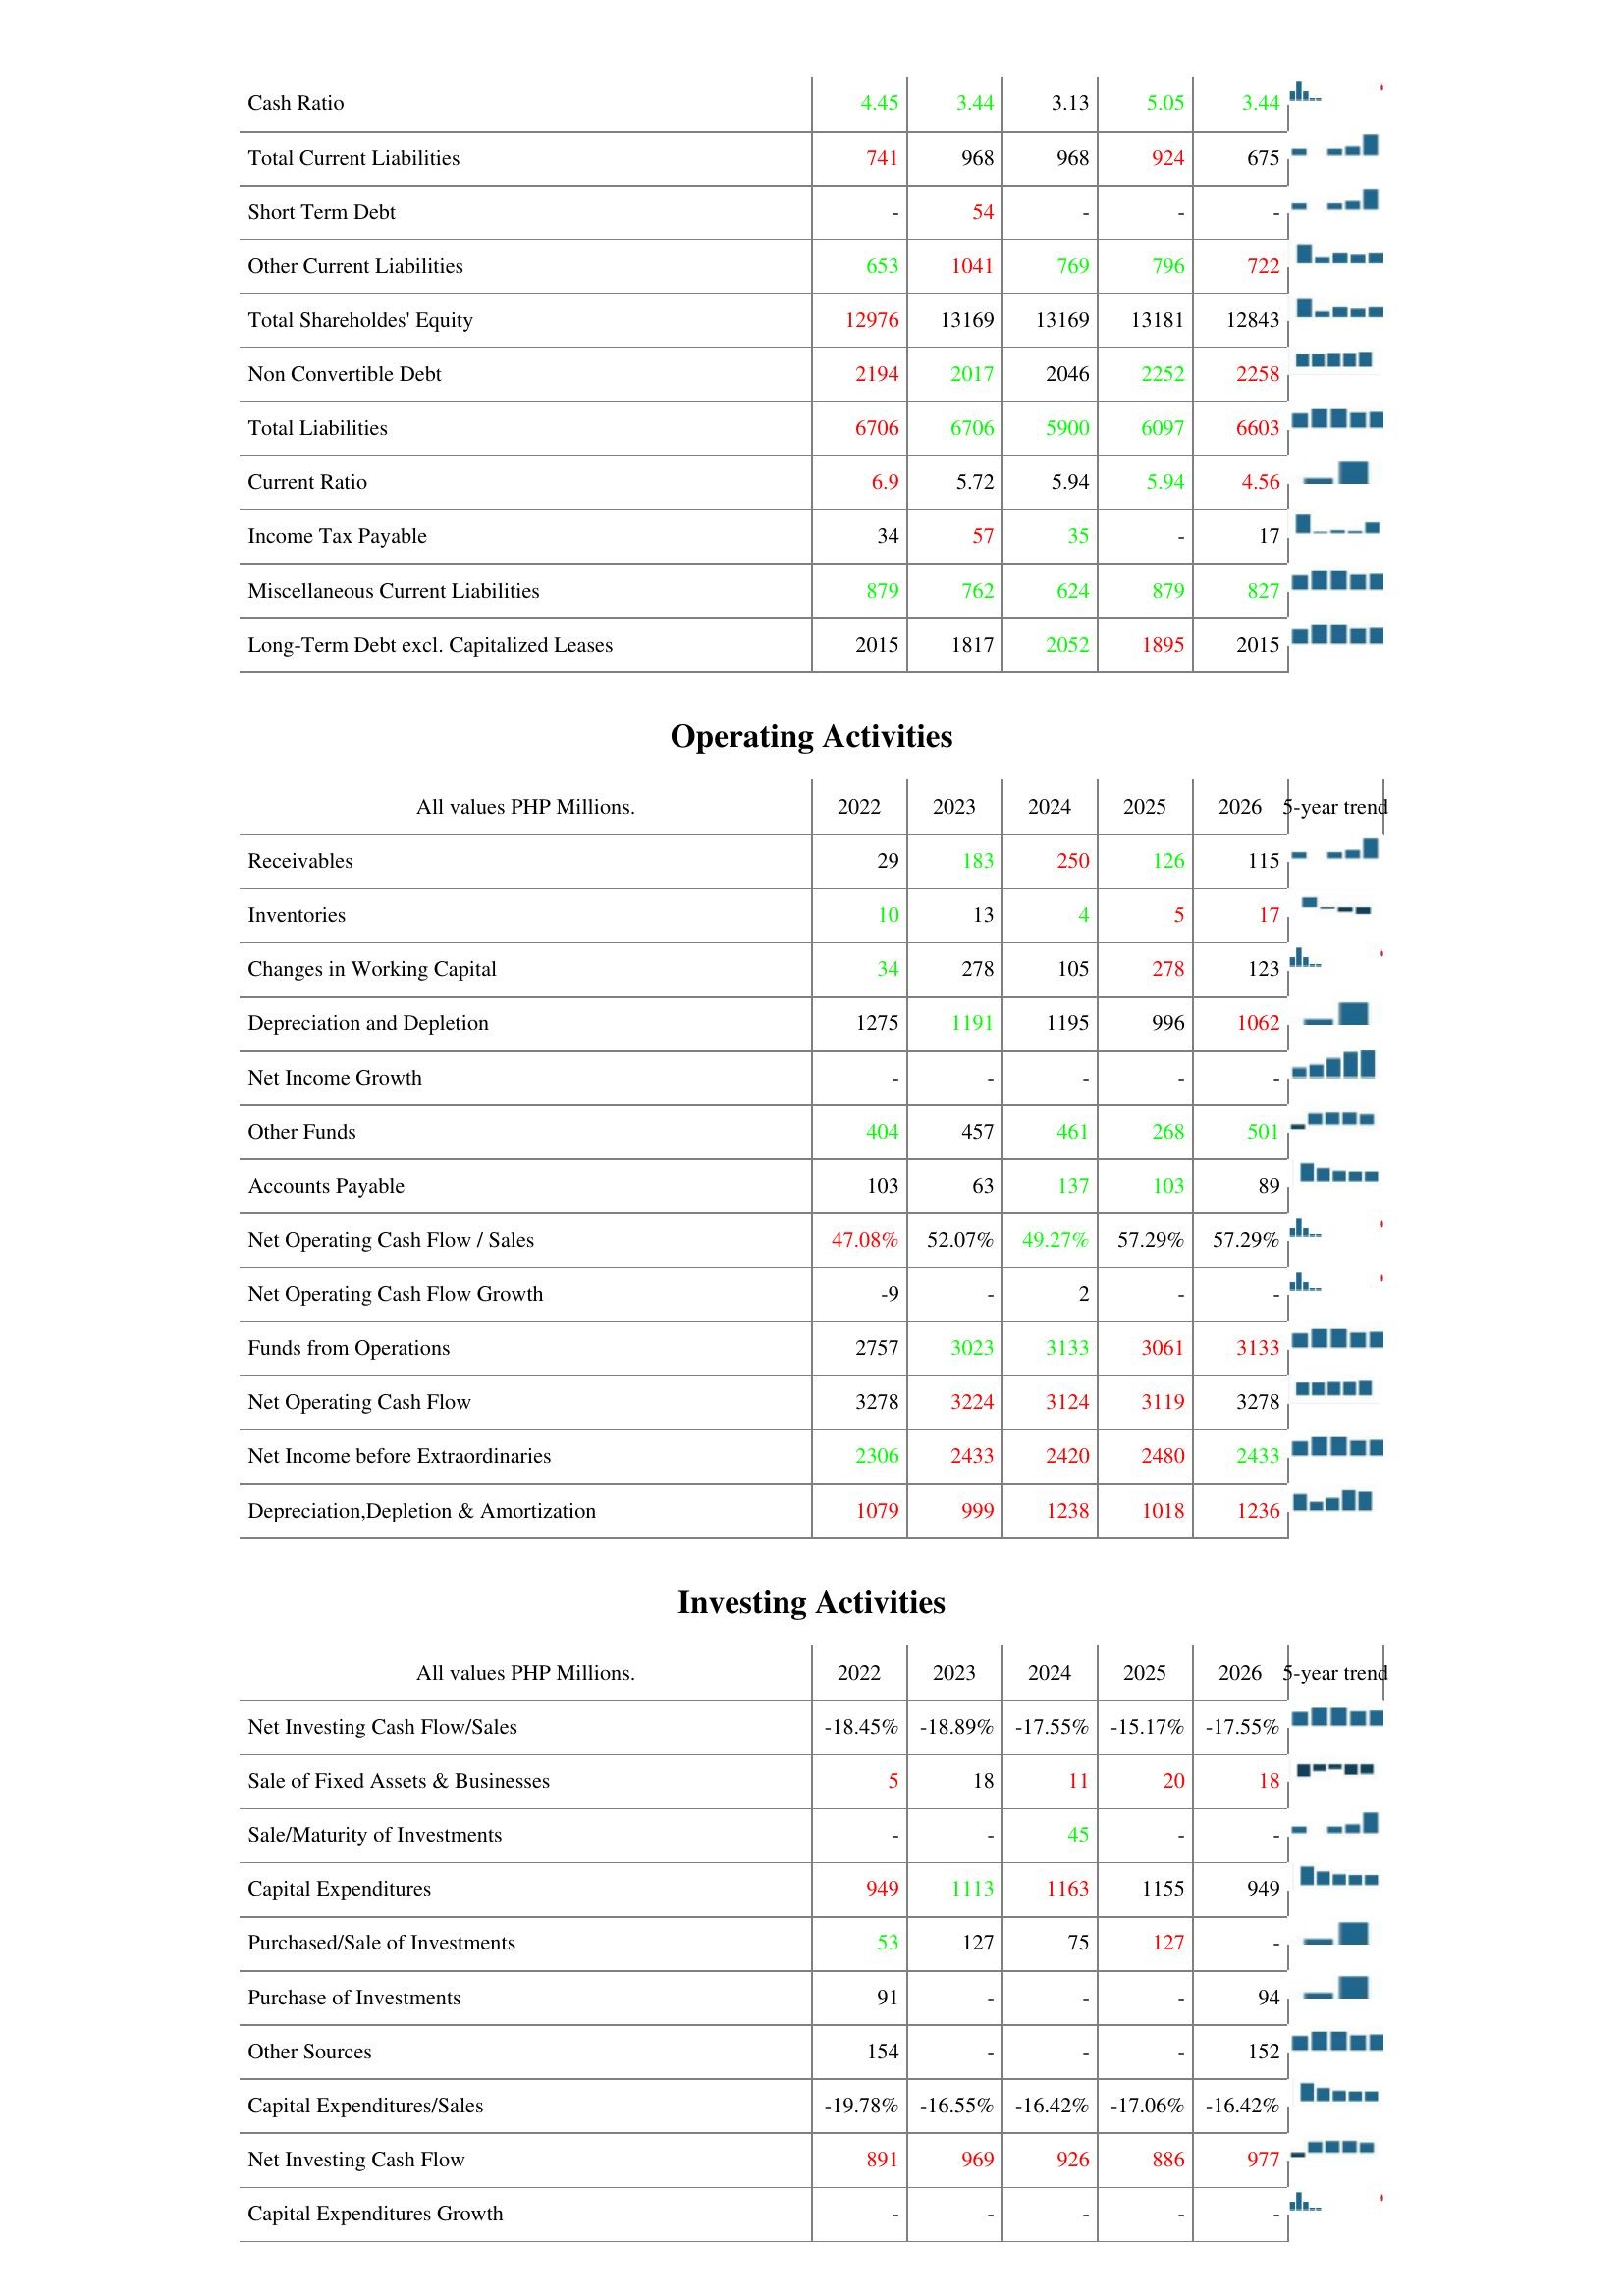
2022: Liabilities & Shareholder's Equity: Cash Ratio: 4.45
Total Current Liabilities: 741
Short Term Debt: -
Other Current Liabilities: 653
Total Shareholdes' Equity: 12976
Non Convertible Debt: 2194
Total Liabilities: 6706
Current Ratio: 6.9
Income Tax Payable: 34
Miscellaneous Current Liabilities: 879
Long-Term Debt excl. Capitalized Leases: 2015
Operating Activities: Receivables: 29
Inventories: 10
Changes in Working Capital: 34
Depreciation and Depletion: 1275
Net Income Growth: -
Other Funds: 404
Accounts Payable: 103
Net Operating Cash Flow / Sales: 47.08%
Net Operating Cash Flow Growth: -9
Funds from Operations: 2757
Net Operating Cash Flow: 3278
Net Income before Extraordinaries: 2306
Depreciation,Depletion & Amortization: 1079
Investing Activities: Net Investing Cash Flow/Sales: -18.45%
Sale of Fixed Assets & Businesses: 5
Sale/Maturity of Investments: -
Capital Expenditures: 949
Purchased/Sale of Investments: 53
Purchase of Investments: 91
Other Sources: 154
Capital Expenditures/Sales: -19.78%
Net Investing Cash Flow: 891
Capital Expenditures Growth: -
2023: Liabilities & Shareholder's Equity: Cash Ratio: 3.44
Total Current Liabilities: 968
Short Term Debt: 54
Other Current Liabilities: 1041
Total Shareholdes' Equity: 13169
Non Convertible Debt: 2017
Total Liabilities: 6706
Current Ratio: 5.72
Income Tax Payable: 57
Miscellaneous Current Liabilities: 762
Long-Term Debt excl. Capitalized Leases: 1817
Operating Activities: Receivables: 183
Inventories: 13
Changes in Working Capital: 278
Depreciation and Depletion: 1191
Net Income Growth: -
Other Funds: 457
Accounts Payable: 63
Net Operating Cash Flow / Sales: 52.07%
Net Operating Cash Flow Growth: -
Funds from Operations: 3023
Net Operating Cash Flow: 3224
Net Income before Extraordinaries: 2433
Depreciation,Depletion & Amortization: 999
Investing Activities: Net Investing Cash Flow/Sales: -18.89%
Sale of Fixed Assets & Businesses: 18
Sale/Maturity of Investments: -
Capital Expenditures: 1113
Purchased/Sale of Investments: 127
Purchase of Investments: -
Other Sources: -
Capital Expenditures/Sales: -16.55%
Net Investing Cash Flow: 969
Capital Expenditures Growth: -
2024: Liabilities & Shareholder's Equity: Cash Ratio: 3.13
Total Current Liabilities: 968
Short Term Debt: -
Other Current Liabilities: 769
Total Shareholdes' Equity: 13169
Non Convertible Debt: 2046
Total Liabilities: 5900
Current Ratio: 5.94
Income Tax Payable: 35
Miscellaneous Current Liabilities: 624
Long-Term Debt excl. Capitalized Leases: 2052
Operating Activities: Receivables: 250
Inventories: 4
Changes in Working Capital: 105
Depreciation and Depletion: 1195
Net Income Growth: -
Other Funds: 461
Accounts Payable: 137
Net Operating Cash Flow / Sales: 49.27%
Net Operating Cash Flow Growth: 2
Funds from Operations: 3133
Net Operating Cash Flow: 3124
Net Income before Extraordinaries: 2420
Depreciation,Depletion & Amortization: 1238
Investing Activities: Net Investing Cash Flow/Sales: -17.55%
Sale of Fixed Assets & Businesses: 11
Sale/Maturity of Investments: 45
Capital Expenditures: 1163
Purchased/Sale of Investments: 75
Purchase of Investments: -
Other Sources: -
Capital Expenditures/Sales: -16.42%
Net Investing Cash Flow: 926
Capital Expenditures Growth: -
2025: Liabilities & Shareholder's Equity: Cash Ratio: 5.05
Total Current Liabilities: 924
Short Term Debt: -
Other Current Liabilities: 796
Total Shareholdes' Equity: 13181
Non Convertible Debt: 2252
Total Liabilities: 6097
Current Ratio: 5.94
Income Tax Payable: -
Miscellaneous Current Liabilities: 879
Long-Term Debt excl. Capitalized Leases: 1895
Operating Activities: Receivables: 126
Inventories: 5
Changes in Working Capital: 278
Depreciation and Depletion: 996
Net Income Growth: -
Other Funds: 268
Accounts Payable: 103
Net Operating Cash Flow / Sales: 57.29%
Net Operating Cash Flow Growth: -
Funds from Operations: 3061
Net Operating Cash Flow: 3119
Net Income before Extraordinaries: 2480
Depreciation,Depletion & Amortization: 1018
Investing Activities: Net Investing Cash Flow/Sales: -15.17%
Sale of Fixed Assets & Businesses: 20
Sale/Maturity of Investments: -
Capital Expenditures: 1155
Purchased/Sale of Investments: 127
Purchase of Investments: -
Other Sources: -
Capital Expenditures/Sales: -17.06%
Net Investing Cash Flow: 886
Capital Expenditures Growth: -
2026: Liabilities & Shareholder's Equity: Cash Ratio: 3.44
Total Current Liabilities: 675
Short Term Debt: -
Other Current Liabilities: 722
Total Shareholdes' Equity: 12843
Non Convertible Debt: 2258
Total Liabilities: 6603
Current Ratio: 4.56
Income Tax Payable: 17
Miscellaneous Current Liabilities: 827
Long-Term Debt excl. Capitalized Leases: 2015
Operating Activities: Receivables: 115
Inventories: 17
Changes in Working Capital: 123
Depreciation and Depletion: 1062
Net Income Growth: -
Other Funds: 501
Accounts Payable: 89
Net Operating Cash Flow / Sales: 57.29%
Net Operating Cash Flow Growth: -
Funds from Operations: 3133
Net Operating Cash Flow: 3278
Net Income before Extraordinaries: 2433
Depreciation,Depletion & Amortization: 1236
Investing Activities: Net Investing Cash Flow/Sales: -17.55%
Sale of Fixed Assets & Businesses: 18
Sale/Maturity of Investments: -
Capital Expenditures: 949
Purchased/Sale of Investments: -
Purchase of Investments: 94
Other Sources: 152
Capital Expenditures/Sales: -16.42%
Net Investing Cash Flow: 977
Capital Expenditures Growth: -